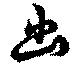
幽